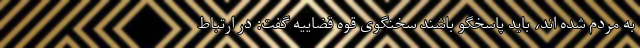
به مردم شده اند، باید پاسخگو باشند سخنگوی قوه قضاییه گفت: در ارتباط